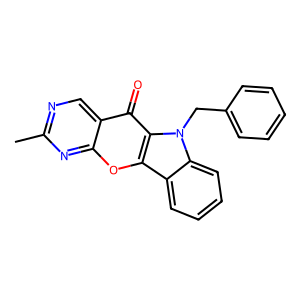
SMILES: Cc1ncc2c(=O)c3c(oc2n1)c1ccccc1n3Cc1ccccc1
Inhibits HIV replication: No